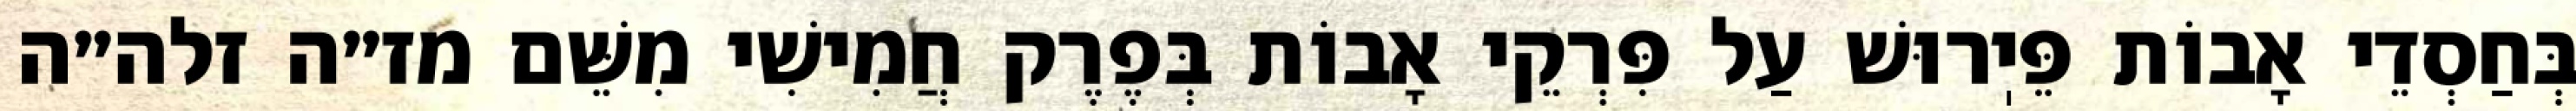
בְּחַסְדֵי אָבוֹת פֵּיֽרוּשׁ עַל פִּרְקֵי אָבוֹת בְּפֶרֶק חֲמִישִׁי מִשֵּׁם מז״ה זלה״ה